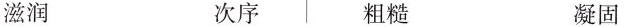
滋润 次序 粗糙 凝固